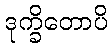
ဒုက္ခိတောပိ